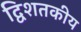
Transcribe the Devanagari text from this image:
द्विशतकीय